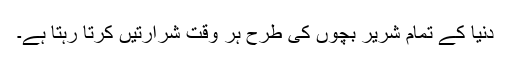
دنیا کے تمام شریر بچوں کی طرح ہر وقت شرارتیں کرتا رہتا ہے۔